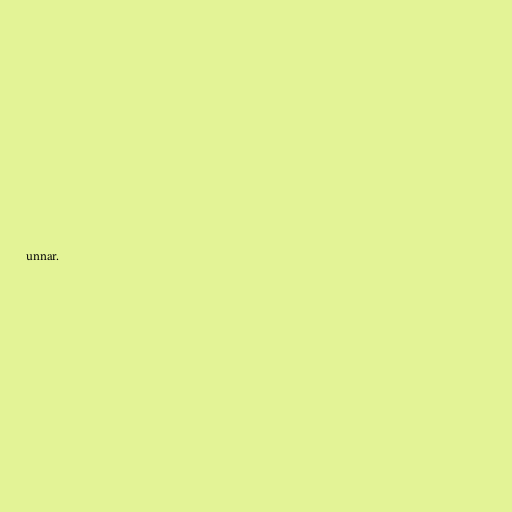
unnar.